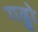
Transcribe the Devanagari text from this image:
गढ्ढो